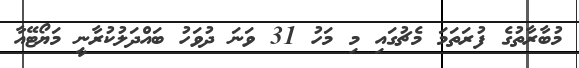
މުބާރާތުގެ ފުރަތަމަ މެޗުގައި މި މަހު 31 ވަނަ ދުވަހު ބައްދަލުކުރާނީ މަޔޯޓޭއާ